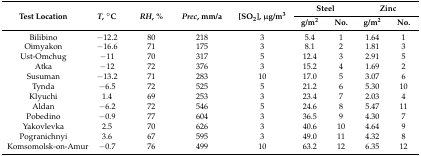
| <ROWSPAN=2> Test Location | <ROWSPAN=2> T, °C | <ROWSPAN=2> RH, % | <ROWSPAN=2> Prec, mm/a | <ROWSPAN=2> [SO2], μg/m3 | <COLSPAN=2> Steel | <COLSPAN=2> Zinc |
 | g/m2 | No. | g/m2 | No. |
 | --- | --- | --- | --- | --- | --- | --- | --- | --- |
 | Bilibino | −12.2 | 80 | 218 | 3 | 5.4 | 1 | 1.64 | 1 |
 | Oimyakon | −16.6 | 71 | 175 | 3 | 8.1 | 2 | 1.81 | 3 |
 | Ust-Omchug | −11 | 70 | 317 | 5 | 12.4 | 3 | 2.91 | 5 |
 | Atka | −12 | 72 | 376 | 3 | 15.2 | 4 | 1.69 | 2 |
 | Susuman | −13.2 | 71 | 283 | 10 | 17.0 | 5 | 3.07 | 6 |
 | Tynda | −6.5 | 72 | 525 | 5 | 21.2 | 6 | 5.30 | 10 |
 | Klyuchi | 1.4 | 69 | 253 | 3 | 23.4 | 7 | 2.03 | 4 |
 | Aldan | −6.2 | 72 | 546 | 5 | 24.6 | 8 | 5.47 | 11 |
 | Pobedino | −0.9 | 77 | 604 | 3 | 36.5 | 9 | 4.30 | 7 |
 | Yakovlevka | 2.5 | 70 | 626 | 3 | 40.6 | 10 | 4.64 | 9 |
 | Pogranichnyi | 3.6 | 67 | 595 | 3 | 49.0 | 11 | 4.32 | 8 |
 | Komsomolsk-on-Amur | −0.7 | 76 | 499 | 10 | 63.2 | 12 | 6.35 | 12 |